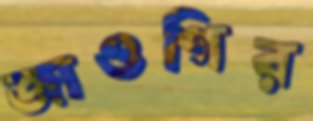
জাওগির